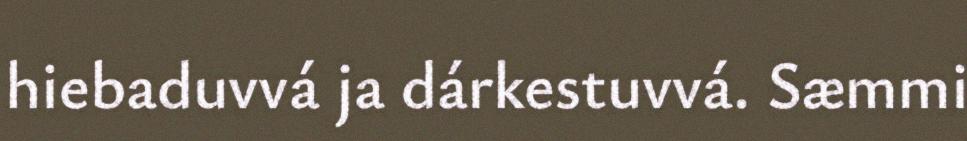
hiebaduvvá ja dárkestuvvá. Sæmmi